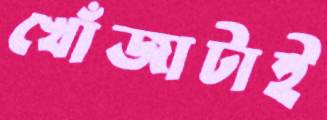
খোঁজাটাই